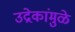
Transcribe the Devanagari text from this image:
उद्रेकांमुळे